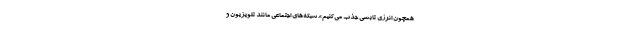
همچون انرژی تابشی جذب می‌کنیم». شبکه‌های اجتماعی مانند تلویزیون و